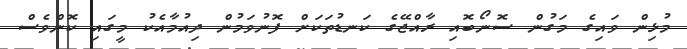
މުޅިން ވައިގެ މަގުން ސޮނޯބޮއި ރާއްޖޭގެ ކަނޑުތަކަށް ފޮނުވަމުން ދިއުމާއެކު މީގައި ކޮންވެސް